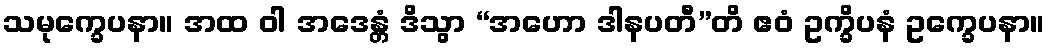
သမုက္ခေပနာ။ အထ ဝါ အဒေန္တံ ဒိသွာ “အဟော ဒါနပတီ”တိ ဧဝံ ဥက္ခိပနံ ဥက္ခေပနာ။